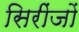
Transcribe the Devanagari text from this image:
सिरींजों